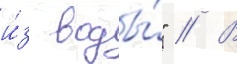
и́з воды́" // В